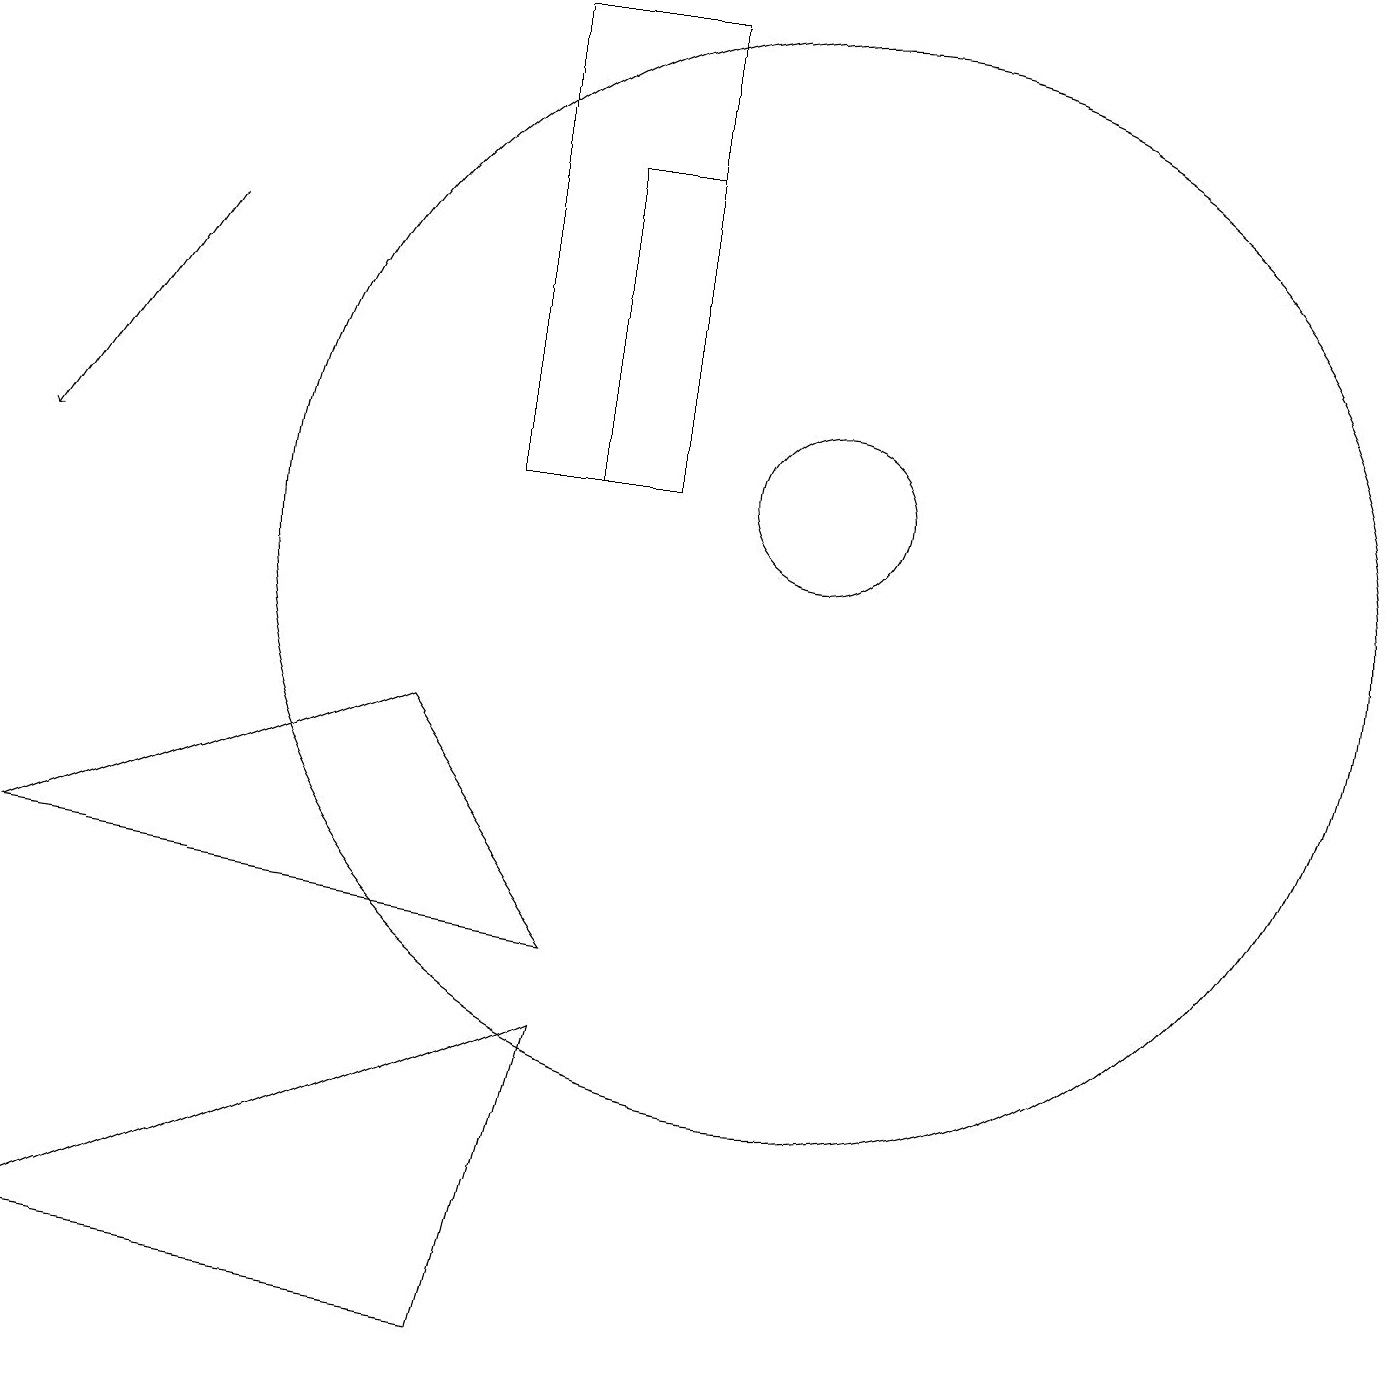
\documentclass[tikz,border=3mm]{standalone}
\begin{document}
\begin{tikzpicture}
\draw (10,12) circle (1);
\draw (8,18) rectangle (6,12);
\draw[->] (2,15) -- (0,12);
\draw (8,12) rectangle (7,16);
\draw (10,11) circle (7);
\draw (7,5) -- (6,1) -- (0,2) -- cycle;
\draw (5,9) -- (7,6) -- (0,7) -- cycle;
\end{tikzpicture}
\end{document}